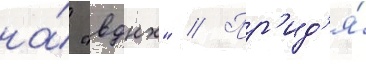
на́ "вднх" // Пр'ид'я́